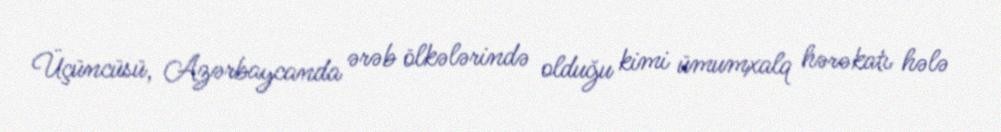
Üçüncüsü, Azərbaycanda ərəb ölkələrində olduğu kimi ümumxalq hərəkatı hələ